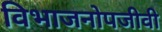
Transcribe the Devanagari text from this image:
विभाजनोपजीवी